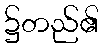
၌တည်၏